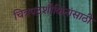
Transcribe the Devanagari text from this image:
चित्रपटशौकिनांसाठी